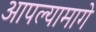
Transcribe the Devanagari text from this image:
आपल्यामागे